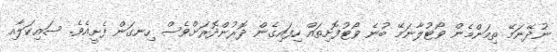
ނުދޭނަމޭ ތިމަންމެން ވޯޓުލާނަމޭ ބުނެ ވޯޓުފޮށިތައް ހިފައިގެން ދޮރުންދޮރަށްވެސް ހިނގަން ފެށީއެވެ. ސައިކަލާއި